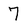
Character: 7